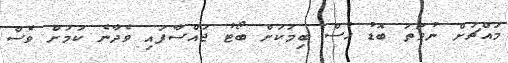
މައްޗަށް ނުވަތަ ބޮޑު ހުސް ބިމަކަށް ބޯޓު ޖައްސާފައި ވެދާނެ ކަމަށް ވެސް